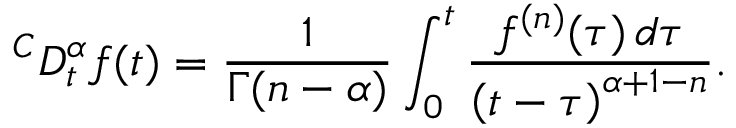
{ } ^ { C } D _ { t } ^ { \alpha } f ( t ) = { \frac { 1 } { \Gamma ( n - \alpha ) } } \int _ { 0 } ^ { t } { \frac { f ^ { ( n ) } ( \tau ) \, d \tau } { \left( t - \tau \right) ^ { \alpha + 1 - n } } } .